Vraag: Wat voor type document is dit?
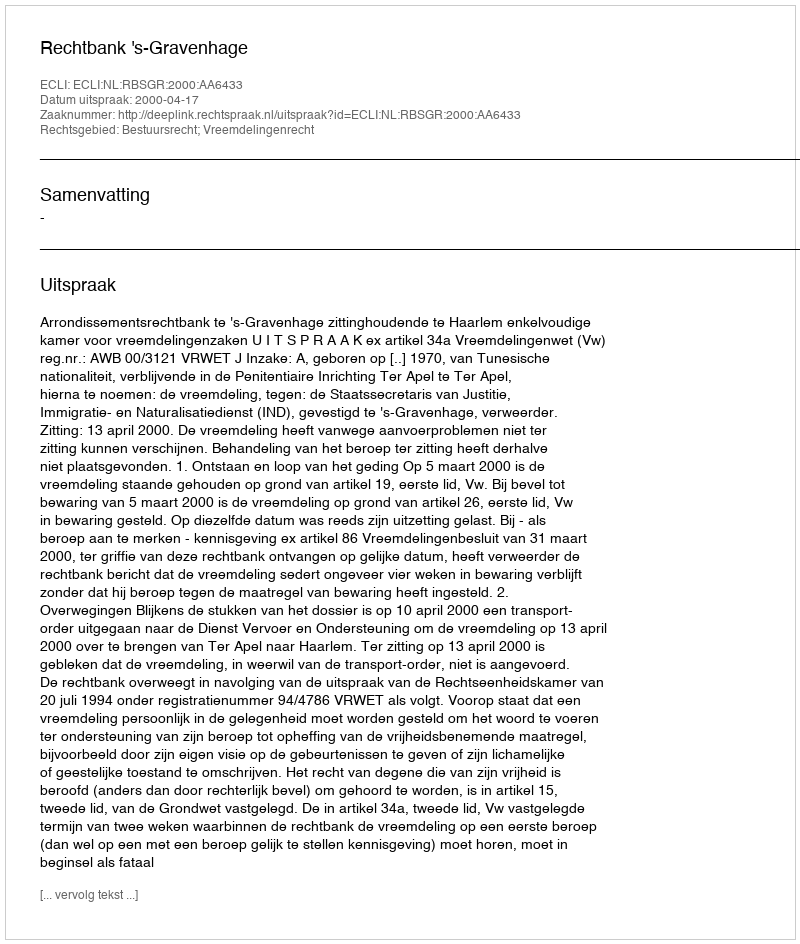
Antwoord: Uitspraak